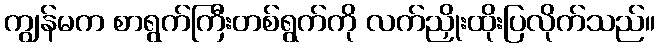
ကျွန်မက စာရွက်ကြီးတစ်ရွက်ကို လက်ညှိုးထိုးပြလိုက်သည်။